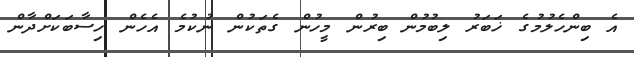
އެ ބިންހެލުމުގެ ޚަބަރު ލިބުމުން ބިރުން މީހުން ގެތަކުން ނުކުމެ އެހެން ހިސާބަކަށްދާން